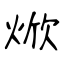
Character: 焮